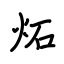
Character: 炻